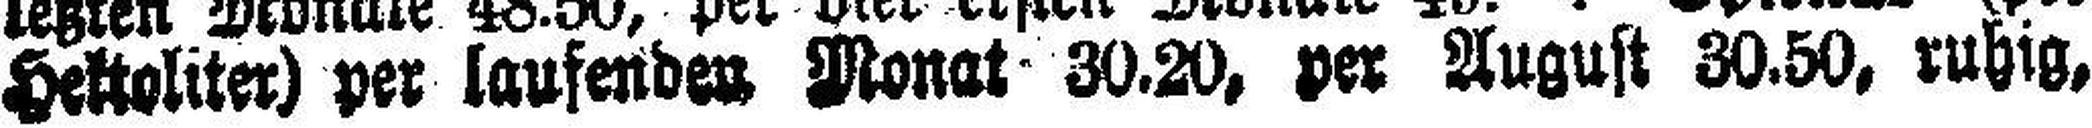
Hektoliter) per laufenden Monat 30.20, per August 30.50, ruhig,